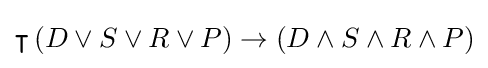
\intercal \left(D\vee S\vee R\vee P\right)\rightarrow \left(D\wedge S\wedge R\wedge P\right)